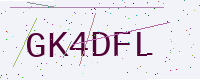
Text: GK4DFL